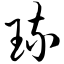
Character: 琉